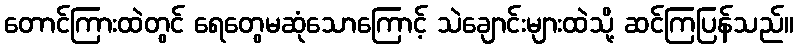
တောင်ကြားထဲတွင် ရေတွေမဆုံသောကြောင့် သဲချောင်းများထဲသို့ ဆင်ကြပြန်သည်။